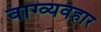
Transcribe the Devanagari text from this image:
वाग्व्यवहार